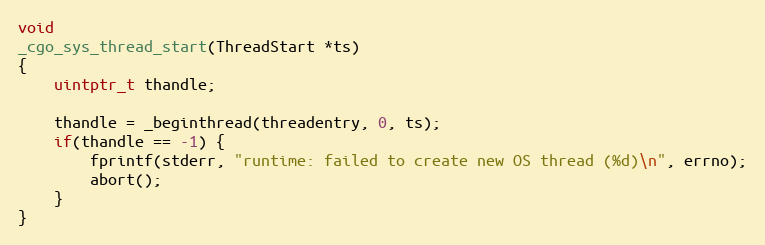
Language: C
void
_cgo_sys_thread_start(ThreadStart *ts)
{
	uintptr_t thandle;

	thandle = _beginthread(threadentry, 0, ts);
	if(thandle == -1) {
		fprintf(stderr, "runtime: failed to create new OS thread (%d)\n", errno);
		abort();
	}
}